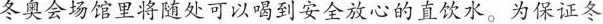
冬奥会场馆里将随处可以喝到安全放心的直饮水。为保证冬